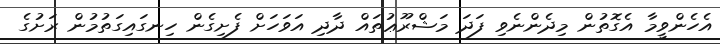
އެހެންވީމާ އެގޮތުން މިދެންނެވި ފަދަ މަޝްރޫޢުތައް ދާދި އަވަހަށް ފެށިގެން ހިނގައިގަތުމުން ރަށުގެ